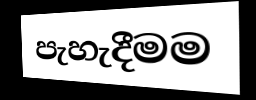
පැහැදීමම